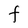
Character: t